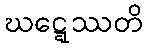
ဃဋ္ဋေဿတိ